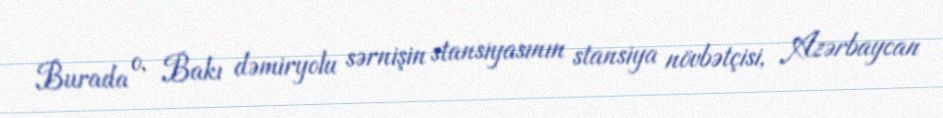
Burada o, Bakı dəmiryolu sərnişin stansiyasının stansiya növbətçisi, Azərbaycan